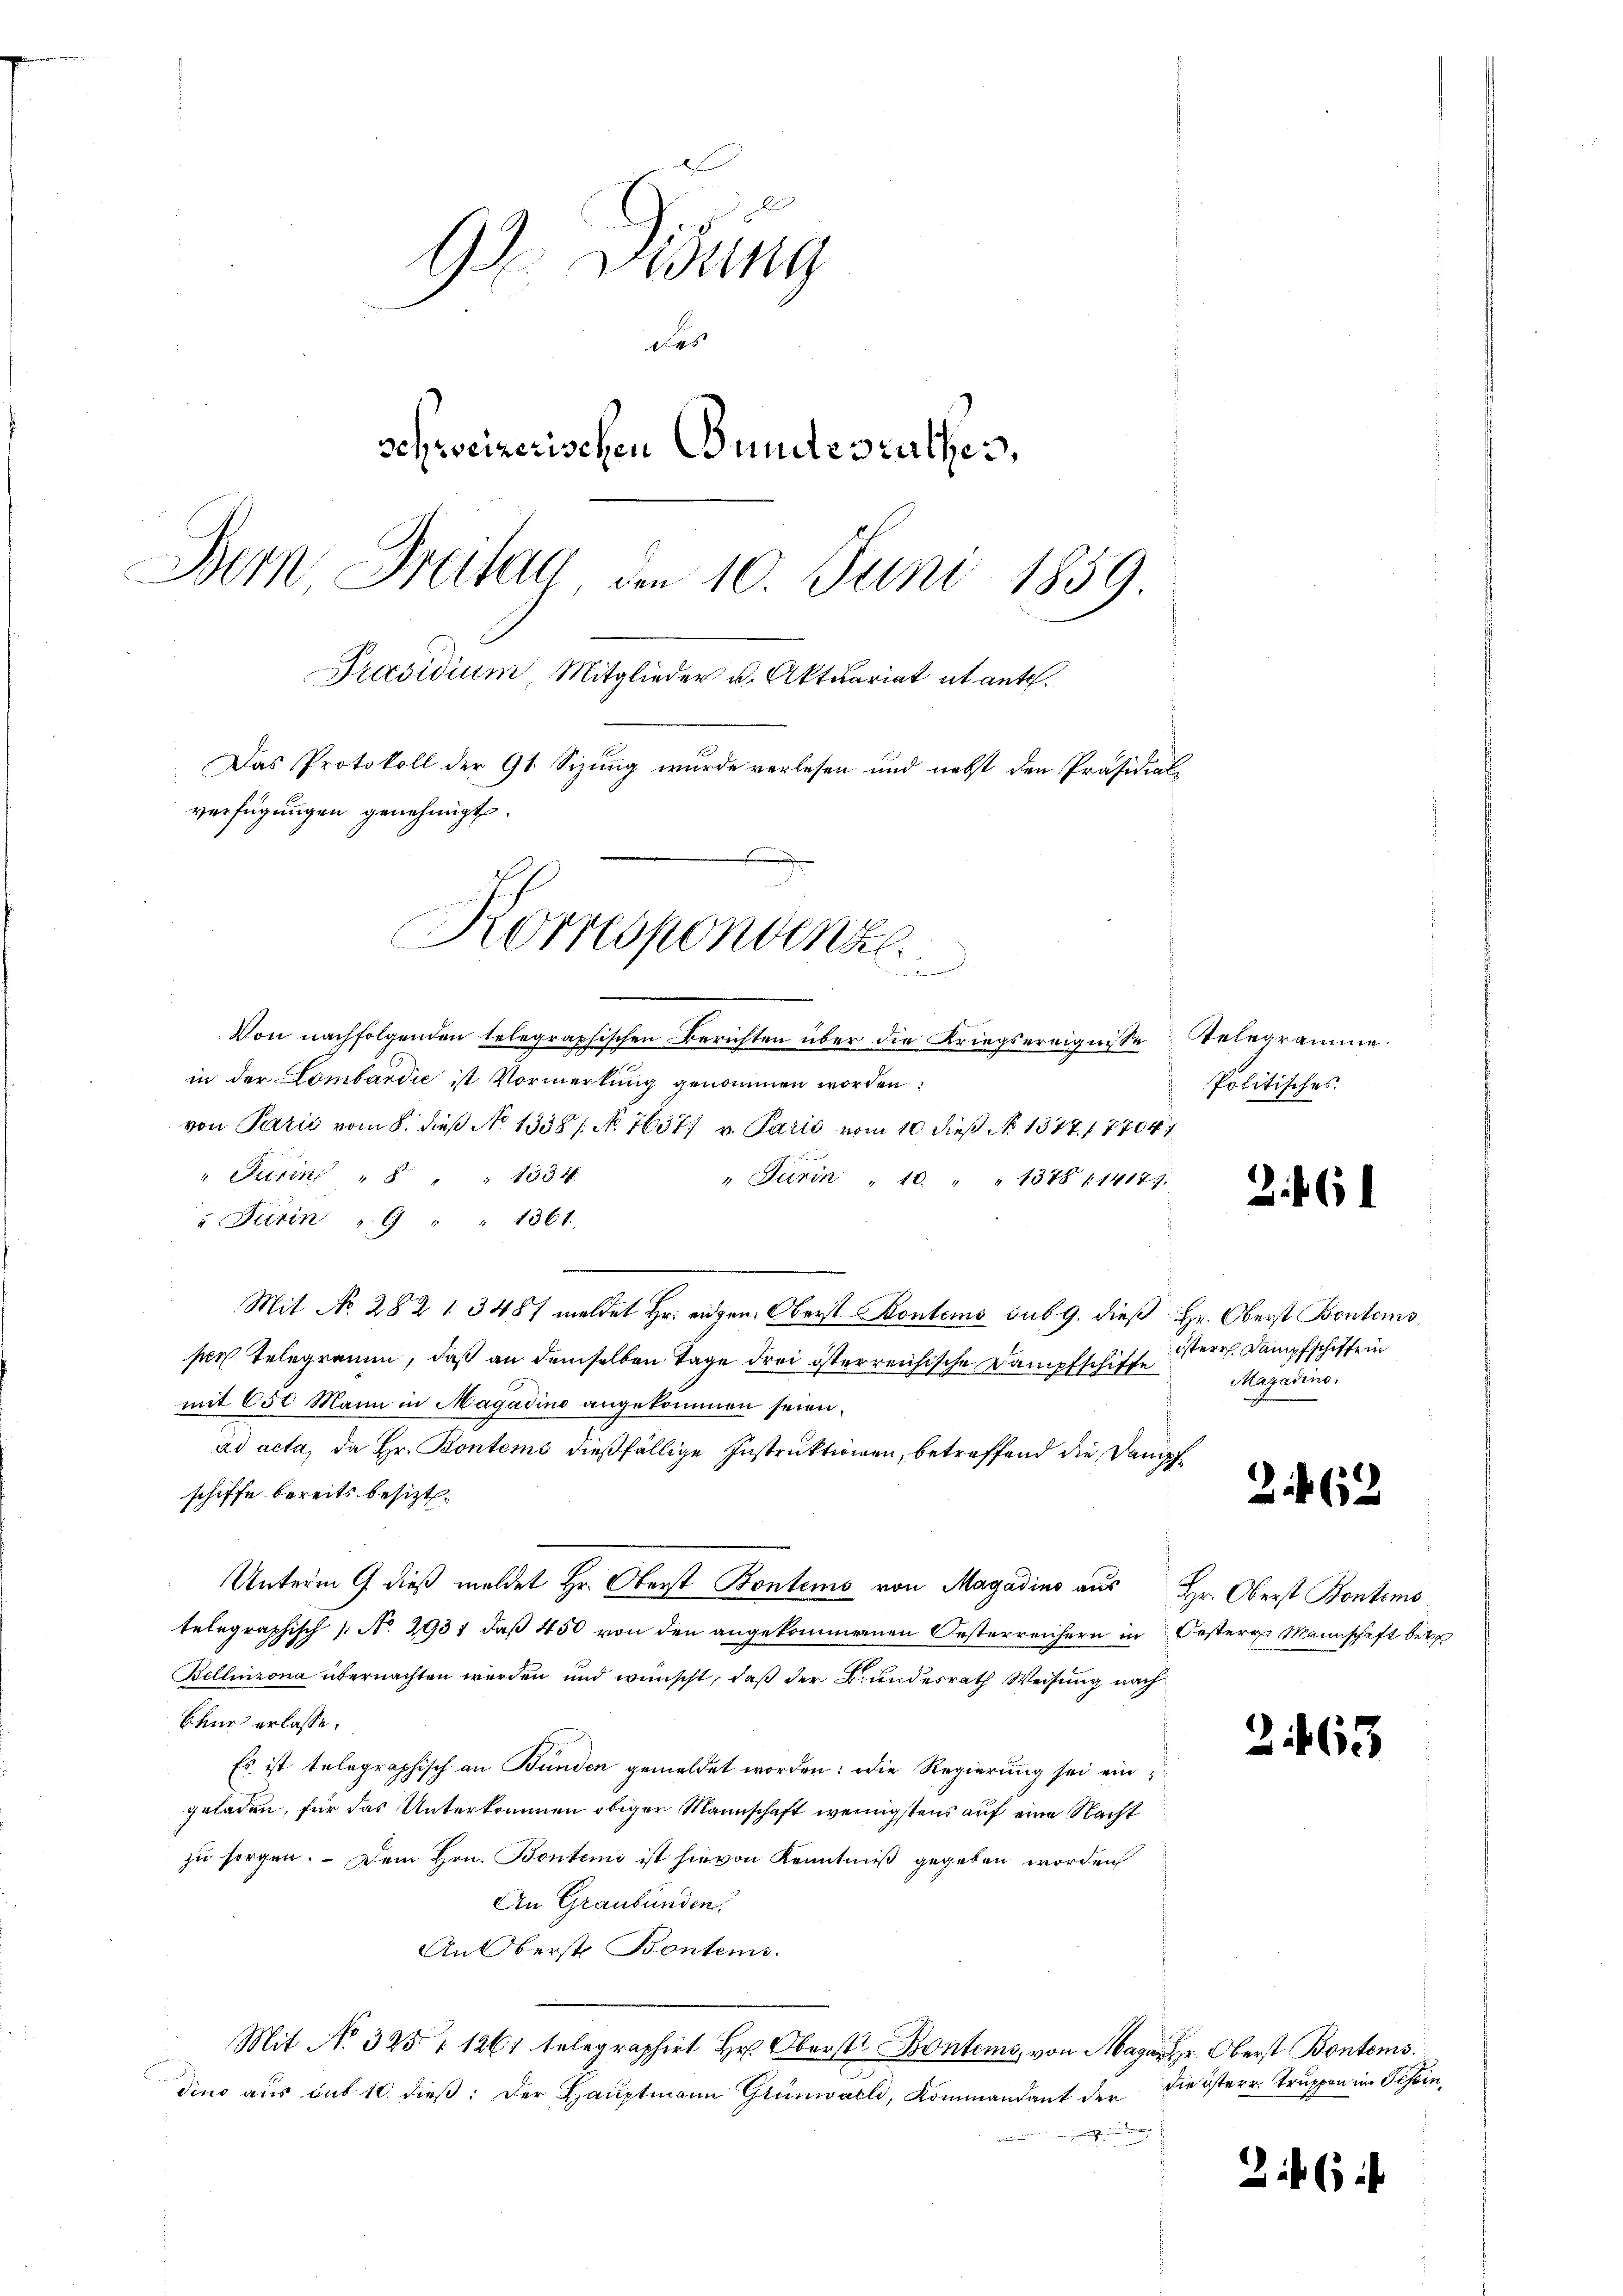
9 Didung
des
schweizerischen Bundesrathes,
Bern Breitag den 10. Juni 1859.
Präsidium Mitglieder u. Aktuariat et ante.
Das Protokoll der 91 Sizung wurde verlesen und nebst den Präsidialverfügungen genehmigt.

Korrespondenz
u

Von nachfolgenden telegraphischen Berichten über die Kriegsereignisse
in der Lombardić ist Vormerkung genommen worden.
von Parić vom 8. dieß No 1338 / No. 7637. v. Paris vom 10. dieß No 1377. 17704
" Turin " " " 1334. " Jurin " 10 " " 1378 (1417;
" Turin " 9 " " 1361.
.
Mit No. 282 1 3487 meldet Hr. eidgen. Oberst Kontems sub 9. dieß
per Telegramm, daß an demselben Tage drei österreichische Dampfschiffe
mit 650 Mann in Magadino angekommen seien.
ad acta, da Hr. Pontems dießfällige Instruktionen, betreffend die Dang
schiffe bereits besitzt.
Unterm 9 dieß meldet Hr. Oberst Bontems von Magadino aus
telegraphisch [No 2931, daß 450 von den angekommennen Oesterreichern in
Bellinzona übernachten werden und wünscht, daß der Bundesrath Weisung nach
Chur erlasse.
Es ist telegraphisch an Bunden gemeldet worden: Die Regierung sei eingeladen, für das Unterkommen obiger Mannschaft wenigstens auf eine Nacht
zu sorgen. Dem Hrn. Bontens ist hievon Kenntniß gegeben worden
An Graubünden.
An Überst Konten.
Mit No. 325 f 1261 telegraphirt Hr. Oberst Bontems, von Magar. Oberst Bontems.
dino aus sub 10. dieß: der Hauptmann Grünwael, Kommandant der

2

Relegramme
Politisches

2. 61

Hr. Oberst Bontems,
istere Kampfschiffe in
Magadino.

a

62

Hr. Oberst Bontims
Oestern Mannschaft bet

2463

die österr. Truppen im Schein¬

26